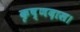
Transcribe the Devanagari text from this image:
कृष्णदास।